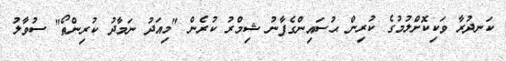
ކަނދުރާ ވަކިކޮށްލުމުގެ ކުރިން ޙުސައިންގެފާނު ޝިމްރު ކުރެން "މިއަދު ނަމާދު ކުރިންތޯ" ސުވާލު